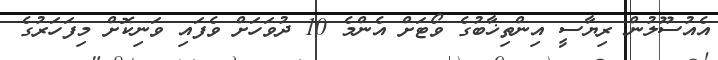
އެއުސޫލުން ރިޔާސީ އިންތިޚާބުގެ ވޯޓަށް އެންމެ 10 ދުވަހަށް ވެފައި ވަނިކޮށް މިފަހަރުގެ